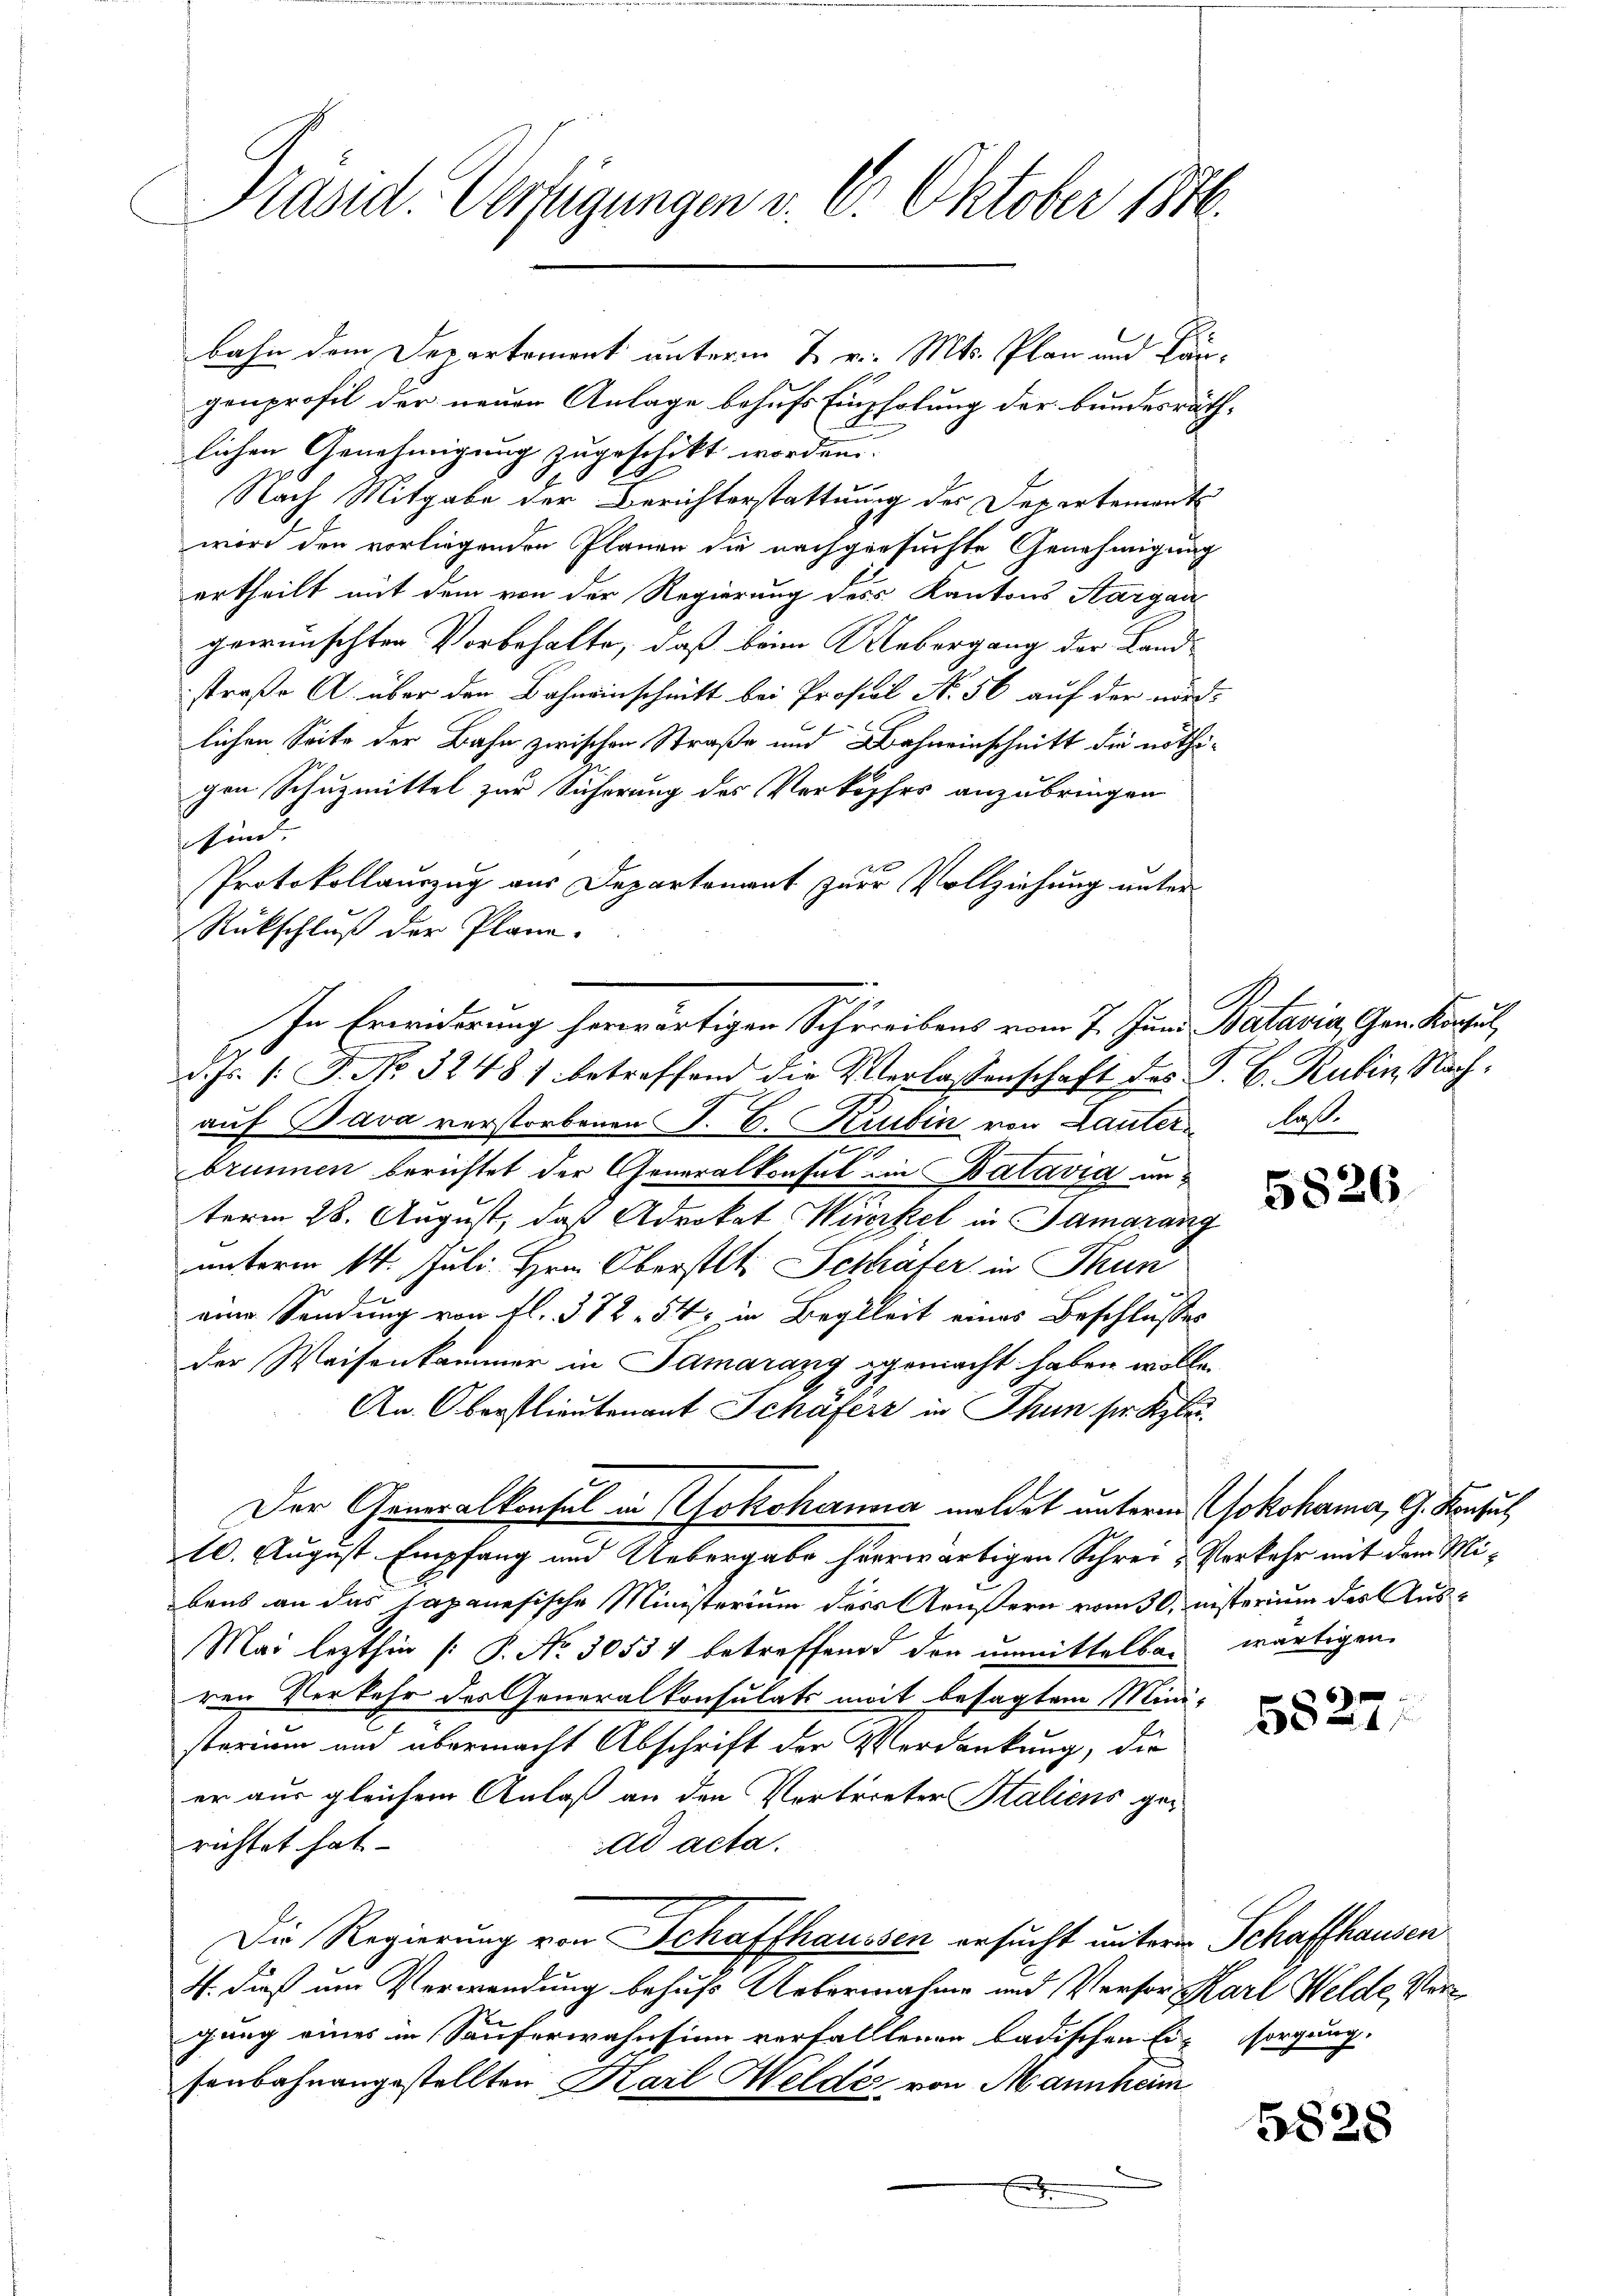
Präsid. Verfügungen v. 6. Oktober 1846.

bahn dem Departement unterm 7 v. Mts. Plan und Längenprofil der neuen Anlage behufs Empholung der bundesräth,
lichen Genehmigung zugeschikt worden.
Nach Mitgabe der Berichterstattung des Departement
wird den vorliegenden Planen die nachgesuchte Genehmigung
ertheilt mit dem von der Regierung des Kantons Aargau
gewünschten Vorbehalte, daß beim Uebergang der Land-
straße A. über den Bahneinschnitt bei Profesl No 56 auf der wird:
lichen Seite der Bahn zwischen Straße und Bahneinschnitt die nöthigen Schuzmittel zur Sicherung des Verkopfes anzubringen
sind. |
Protokollauszug aus Departement zur Vollziehung unter
Rückschluß der Plane.
d. Js. 1. J. No 32481 betreffend die Verlassenschaft des P. C. Rubin, Nachauf Bava verstorbenen J. C. Krubin von Lauter laß
d
brunnen berichtet der Generalkonsal im Batavia unterm 28. August, daß Advokat Wirkel in Samgrang
unterm 14. Juli. Hrn. Oberstet. Seshäfer in Thun
eine Sendung von fl. 372. 54, in Begleit eines Beschlusses
der Weisenkammer in Samarang gemacht haben wolle.
An Oberstlieutenant Schäferz in Thun ser Klei
Der Generalkonsul in Jokohanna meldet untern Jokohama, G. Konsul
10. August Empfang und Uebergabe hierwärtigen Schrei & Verkehr mit dem Mibens an das sapanesische Ministerium der Aeußern vom 30. nisterium des Aus¬
Mai lezthin (: P. Nr. 30534 betreffend den unmittelbar wärtigen
ren Verkehr des Generalkonsulats mit besagtem Ministerium und übermacht Abschrift der Verdankung, die
er aus gleichem Anlaß an den Vertreter Staliens gerichtet hat.
ad acta.
Die Regierung von Schaffhaussen ersucht untere Schaffhausen
4. dieß um Verwendung behufs Uebernahme und Persorg Karl Welde, Vergung eines in Säuferwahnsinn verfalltenen badischen Ein sorgung
senbahnangestellten Karl Helde von Mannheim

i
In Erwiderung herwärtigen Schreibens vom 7. Juni Batavia, Gen. Konsul,

d
E

5826

6
582.

5828